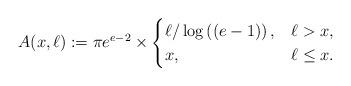
LaTeX: \begin{align*}A(x,\ell) := \pi e^{e-2} \times \begin{cases}\ell / \log \left( (e-1) \right), & \ell >x, \\x, & \ell \leq x.\end{cases}\end{align*}